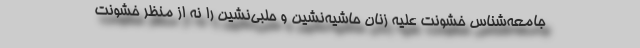
جامعه‌شناس خشونت عليه زنان حاشيه‌نشين و حلبي‌نشين را نه از منظر خشونت